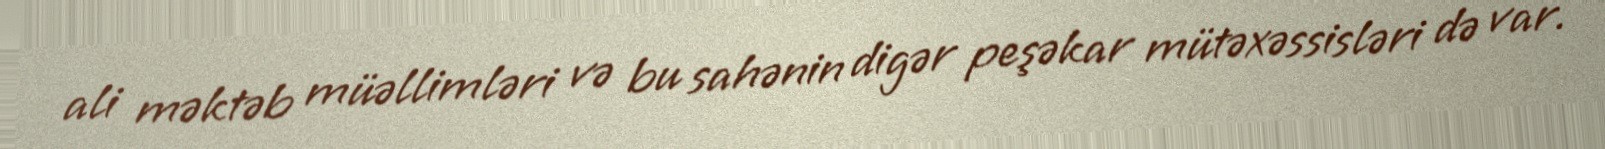
ali məktəb müəllimləri və bu sahənin digər peşəkar mütəxəssisləri də var.